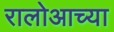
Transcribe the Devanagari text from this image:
रालोआच्या